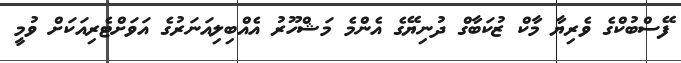
ފޭސްބުކްގެ ވެރިޔާ މާކް ޒުކަބާގް ދުނިޔޭގެ އެންމެ މަޝްހޫރު އެއްބިލިއަނަރުގެ އަވަށްޓެރިއަކަށް ވުމީ